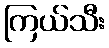
ကြယ်သီး